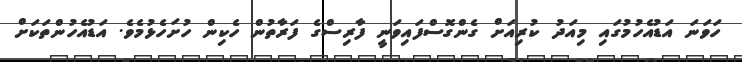
ހަވަނަ އަޑުއެހުމުގައި މިއަދު ކުރިއަށް ގެންގޮސްފައިވަނީ ފާރިސްގެ ފަރާތުން ހެކިން ހުށަހެޅުމެވެ. އަޑުއެހުންތަކަށް